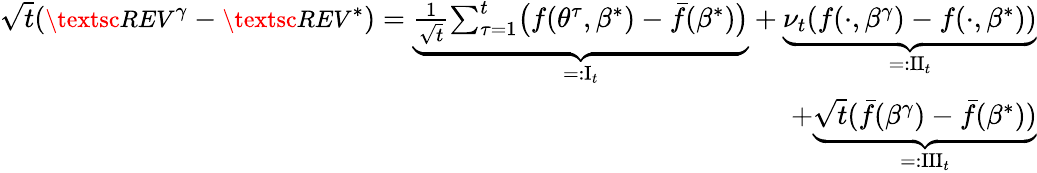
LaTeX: \begin{array}{r}{\sqrt t({\small\textsc{{REV}}}^{\gamma}-{\small\textsc{{REV}}}^{*})=\underbrace{\frac{1}{\sqrt t}{\sum_{\tau=1}^{t}}\big(f({\theta^{\tau}},\beta^{*})-{\bar{f}}(\beta^{*})\big)}_{=:{\mathrm{{I}}}_{t}}+\underbrace{\nu_{t}(f(\cdot,\beta^{\gamma})-f(\cdot,\beta^{*}))}_{=:{\mathrm{{II}}}_{t}}}\\ {+\underbrace{\sqrt{t}(\bar{f}(\beta^{\gamma})-\bar{f}(\beta^{*}))}_{=:{\mathrm{{III}}}_{t}}}\end{array}